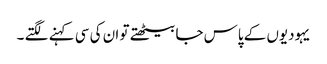
یہودیوں کے پاس جا بیٹھتے تو ان کی سی کہنے لگتے ۔